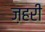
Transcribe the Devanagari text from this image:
ज़हरी